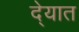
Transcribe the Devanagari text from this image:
दे्यात